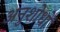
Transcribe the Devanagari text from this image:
अनुशोधों